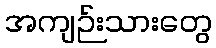
အကျဉ်းသားတွေ